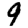
Digit: 9